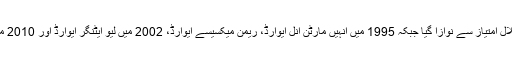
عاصمہ جہانگیر کو 2010 میں ہلالِ امتیاز سے نوازا گیا جبکہ 1995 میں انہیں مارٹن انل ایوارڈ، ریمن میکسیسے ایوارڈ، 2002 میں لیو ایٹنگر ایوارڈ اور 2010 میں فور فریڈم ایوارڈ سے نوازا گیا۔